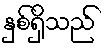
နှစ်ရှိသည်